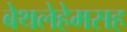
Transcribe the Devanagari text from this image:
बेथलेहेमसह